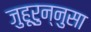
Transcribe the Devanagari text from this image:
जुहूरुन्नुसा